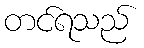
တင်ရသည်